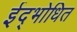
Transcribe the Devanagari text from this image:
ईद्भोधित